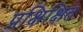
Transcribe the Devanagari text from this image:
प्रक्षिक्षित